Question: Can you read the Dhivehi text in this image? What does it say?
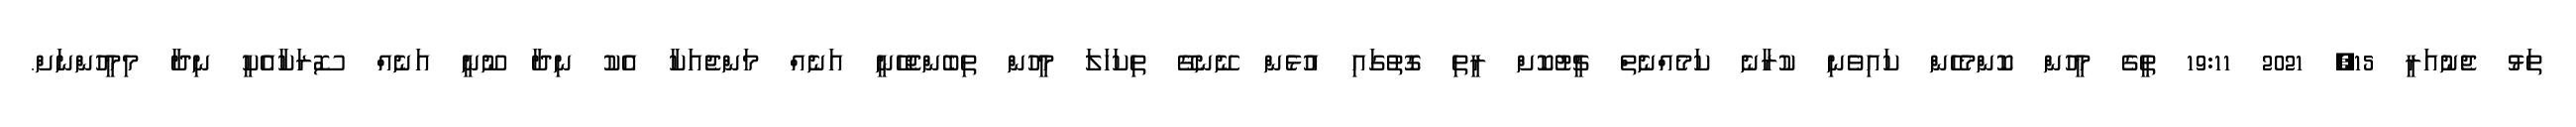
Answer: ތަޅު ޖެނުއަރީ 15, 2021 19:11 ތީގެ މީހުން ކޮންމެހެން ކައިވެނި ކުރާނެ ކަމެއްނެތް ޗީޓުކޮށް ރީތި ގޮތުގައި އުޅެން ނޭނގޭ ތިކަހަލަ މީހުން ތިބެންޖެހޭނީ އަނެއް މަންޖެއަކާ އެކު ނިދާ ނޫނީ އަނެއް ސޮރަކާއެކީ ނިދާ މިމީހުންނަށް.